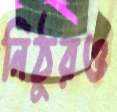
নিঠুরও